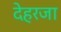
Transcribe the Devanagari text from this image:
देहरजा